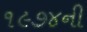
૧૯૭૪ની